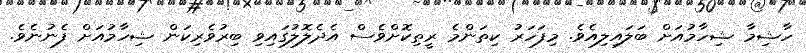
ހާޝިމާ ޝިހާމުއަަށް ބަލައިލިއެވެ. މިފަހަރު ކިތަންމެ ރީތިކޮށްވެސް އެދެލޮލުގައިވި ބިރުވެރިކަން ޝިހާމުއަށް ފެނުނެވެ.